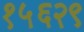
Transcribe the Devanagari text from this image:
१५६२९